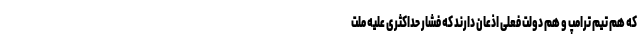
که هم تیم ترامپ و هم دولت فعلی اذعان دارند که فشار حداکثری علیه ملت